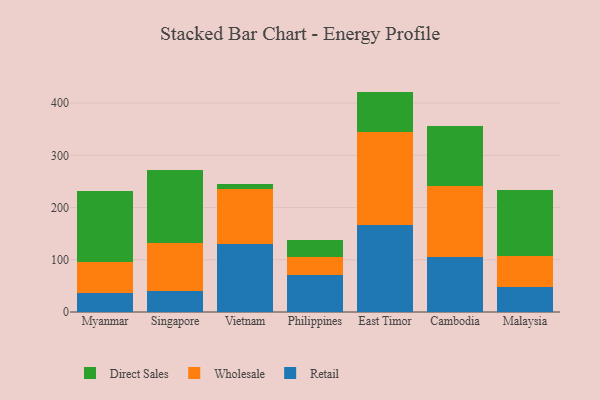
{"axis": {"x": "Country", "y": "Production Output"}, "legend": ["Direct Sales", "Retail", "Wholesale"], "data": [{"x": "Myanmar", "y": 37.3, "type": "Retail"}, {"x": "Myanmar", "y": 57.9, "type": "Wholesale"}, {"x": "Myanmar", "y": 136.9, "type": "Direct Sales"}, {"x": "Singapore", "y": 39.7, "type": "Retail"}, {"x": "Singapore", "y": 92.6, "type": "Wholesale"}, {"x": "Singapore", "y": 140.0, "type": "Direct Sales"}, {"x": "Vietnam", "y": 130.8, "type": "Retail"}, {"x": "Vietnam", "y": 104.1, "type": "Wholesale"}, {"x": "Vietnam", "y": 11.1, "type": "Direct Sales"}, {"x": "Philippines", "y": 71.7, "type": "Retail"}, {"x": "Philippines", "y": 34.2, "type": "Wholesale"}, {"x": "Philippines", "y": 31.4, "type": "Direct Sales"}, {"x": "East Timor", "y": 167.4, "type": "Retail"}, {"x": "East Timor", "y": 176.8, "type": "Wholesale"}, {"x": "East Timor", "y": 77.8, "type": "Direct Sales"}, {"x": "Cambodia", "y": 105.6, "type": "Retail"}, {"x": "Cambodia", "y": 135.7, "type": "Wholesale"}, {"x": "Cambodia", "y": 114.7, "type": "Direct Sales"}, {"x": "Malaysia", "y": 47.9, "type": "Retail"}, {"x": "Malaysia", "y": 60.0, "type": "Wholesale"}, {"x": "Malaysia", "y": 126.5, "type": "Direct Sales"}]}